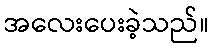
အလေးပေးခဲ့သည်။